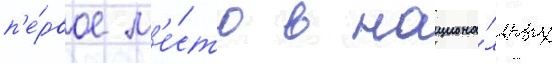
п'е́рвое м'е́сто в национа́льных